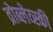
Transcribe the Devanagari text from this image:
व्रोब्लेव्स्की